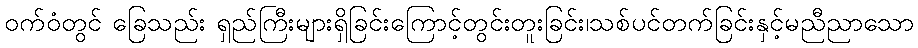
ဝက်ဝံတွင် ခြေသည်း ရှည်ကြီးများရှိခြင်းကြောင့်တွင်းတူးခြင်း၊သစ်ပင်တက်ခြင်းနှင့်မညီညာသော